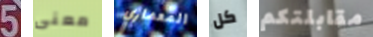
5 معنى المعماري كل مقابلتكم